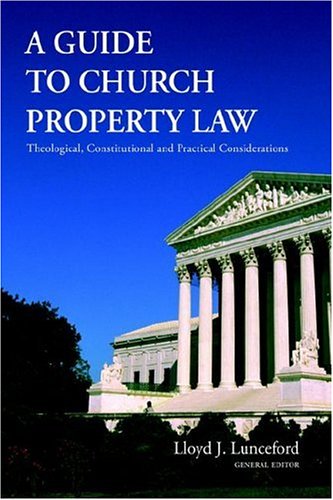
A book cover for A Guide to Church Property Law: Theological, Constitutional And Practical Considerations; Law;